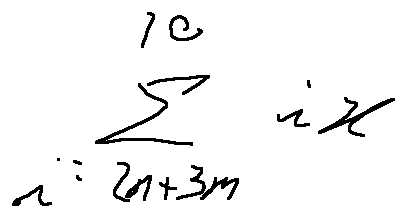
\sum \limits _ { i = 2 n + 3 m } ^ { 1 0 } i x